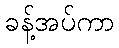
ခန့်အပ်ကာ